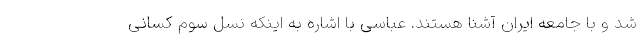
شد و با جامعه ایران آشنا هستند. عباسی با اشاره به اینکه نسل سوم کسانی